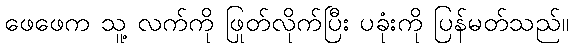
ဖေဖေက သူ့ လက်ကို ဖြုတ်လိုက်ပြီး ပခုံးကို ပြန်မတ်သည်။